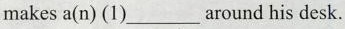
makes a(n) (1)___around his desk.